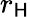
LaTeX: r_{\mathsf{H}}